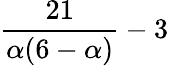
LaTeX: {\frac{21}{\alpha(6-\alpha)}}-3